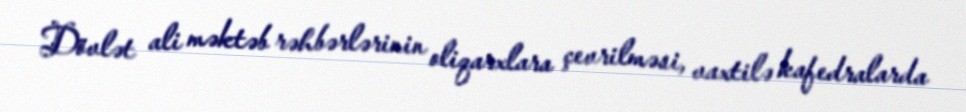
Dövlət ali məktəb rəhbərlərinin oliqarxlara çevrilməsi, vaxtilə kafedralarda